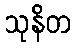
သုနိတ